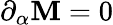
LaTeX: \partial_{\alpha}{\cal\mathbf{M}}=0